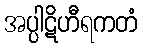
အပ္ပါဋိဟီရကတံ